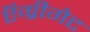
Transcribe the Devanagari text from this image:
ऍग्रीगेट